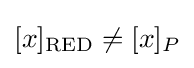
[x]_{\mathrm {RED} }\neq [x]_{P}